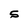
Character: S